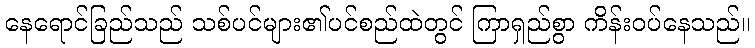
နေရောင်ခြည်သည် သစ်ပင်များ၏ပင်စည်ထဲတွင် ကြာရှည်စွာ ကိန်းဝပ်နေသည်။